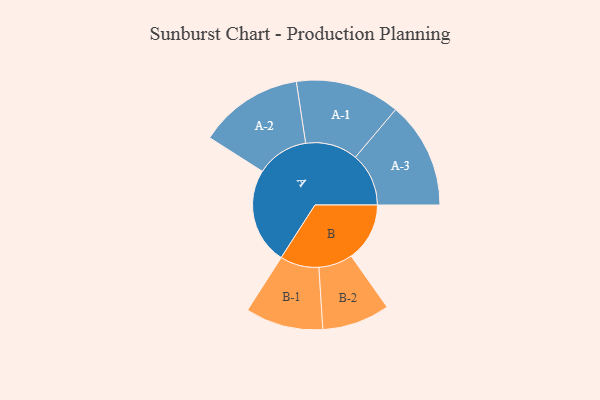
{"axis": {"x": "Segment", "y": "Value"}, "legend": ["", "A", "B"], "data": [{"x": "A", "y": 440, "type": ""}, {"x": "B", "y": 268, "type": ""}, {"x": "A-1", "y": 239, "type": "A"}, {"x": "A-2", "y": 239, "type": "A"}, {"x": "A-3", "y": 244, "type": "A"}, {"x": "B-1", "y": 178, "type": "B"}, {"x": "B-2", "y": 155, "type": "B"}]}